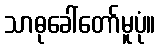
သာဓုခေါ်တော်မူပုံ။